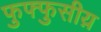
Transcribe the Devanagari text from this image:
फुफ्फुसीय़